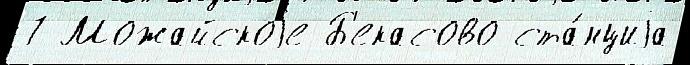
7 Можайскоjе Б'екасово ста́нциjа